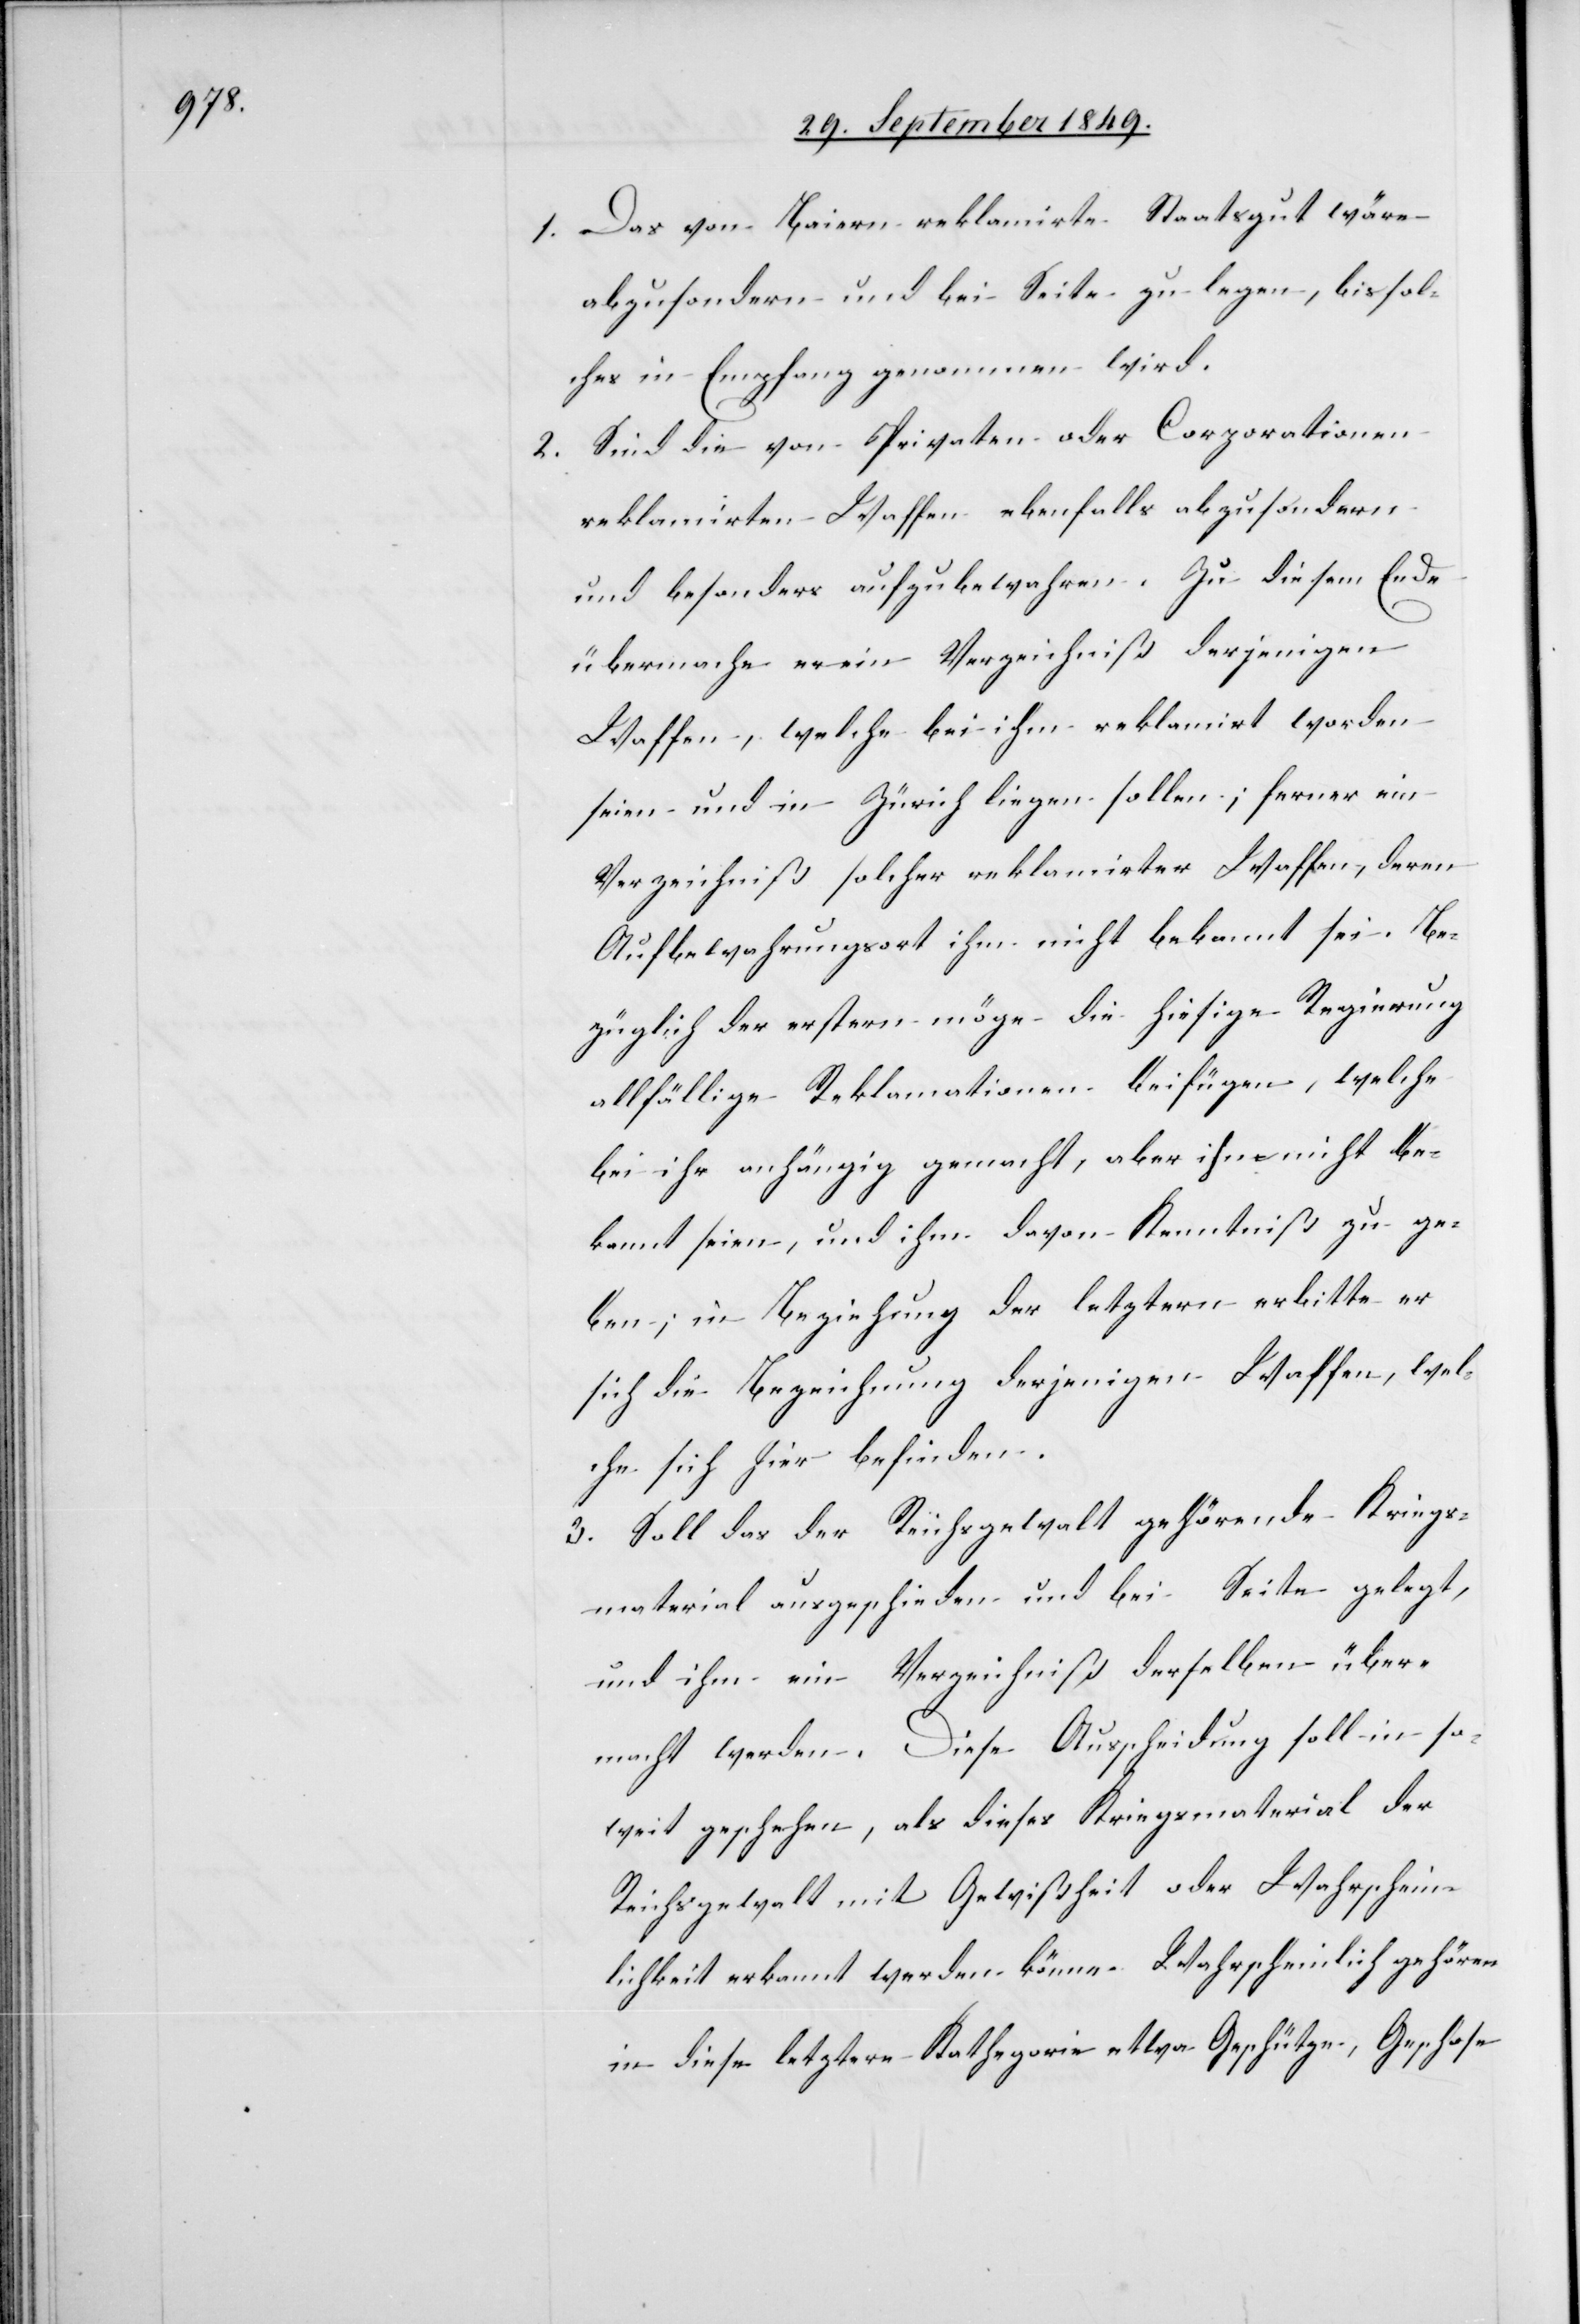
1. Das von Baiern reklamirte Staatsgut wäre
abzusondern und bei Seite zu legen, bis sol¬
ches in Empfang genommen wird.
2. Sind die von Privaten oder Corporationen
reklamirten Waffen ebenfalls abzusondern
und besonders aufzubewahren. Zu diesem Ende
übermache er ein Verzeichniß derjenigen
Waffen, welche bei ihm reklamirt worden
seien und in Zürich liegen sollen; ferner ein
Verzeichniß solcher reklamirter Waffen, deren
Aufbewahrungsort ihm nicht bekannt sei. Be¬
züglich der erstern möge die hiesige Regierung
allfällige Reklamationen beifügen, welche
bei ihr anhängig gemacht, aber ihm nicht be¬
kannt seien, und ihm davon Kenntniß zu ge¬
ben; in Beziehung der letztern erbitte er
sich die Bezeichnung derjenigen Waffen, wel¬
che sich hier befinden.
3. Soll das der Reichsgewalt gehörende Kriegs¬
material ausgeschieden und bei Seite gelegt,
und ihm ein Verzeichniß derselben über¬
macht werden. Diese Ausscheidung soll in so¬
weit geschehen, als dieses Kriegsmaterial der
Reichsgewalt mit Gewißheit oder Wahrschein¬
lichkeit anerkannt werden könne. Wahrscheinlich gehören
in diese letztere Kathegorie etwa Geschütze, Geschose